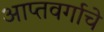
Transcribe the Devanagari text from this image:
आप्तवर्गाचे